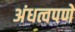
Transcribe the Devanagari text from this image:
अंधत्वपणे